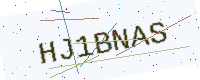
Text: HJ1BNAS